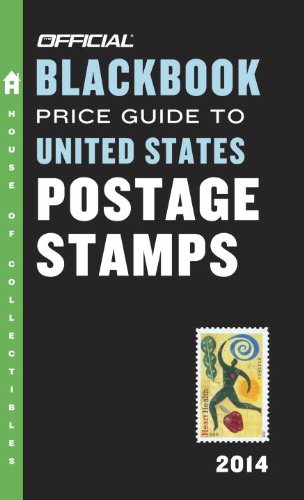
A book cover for The Official Blackbook Price Guide to United States Postage Stamps 2014, 36th Edition; Thomas E. Hudgeons Jr.; Crafts, Hobbies & Home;